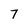
Character: 7